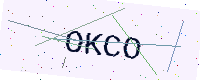
Text: OKCO